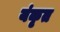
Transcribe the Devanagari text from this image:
यंकृत